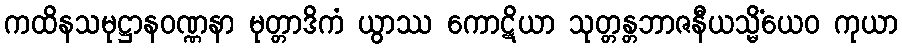
ကထိနသမုဋ္ဌာနဝဏ္ဏနာ မုတ္တာဒိကံ ယွာဿ ကောဋိယာ သုတ္တန္တဘာဇနီယသ္မိံယေဝ ကုယာ